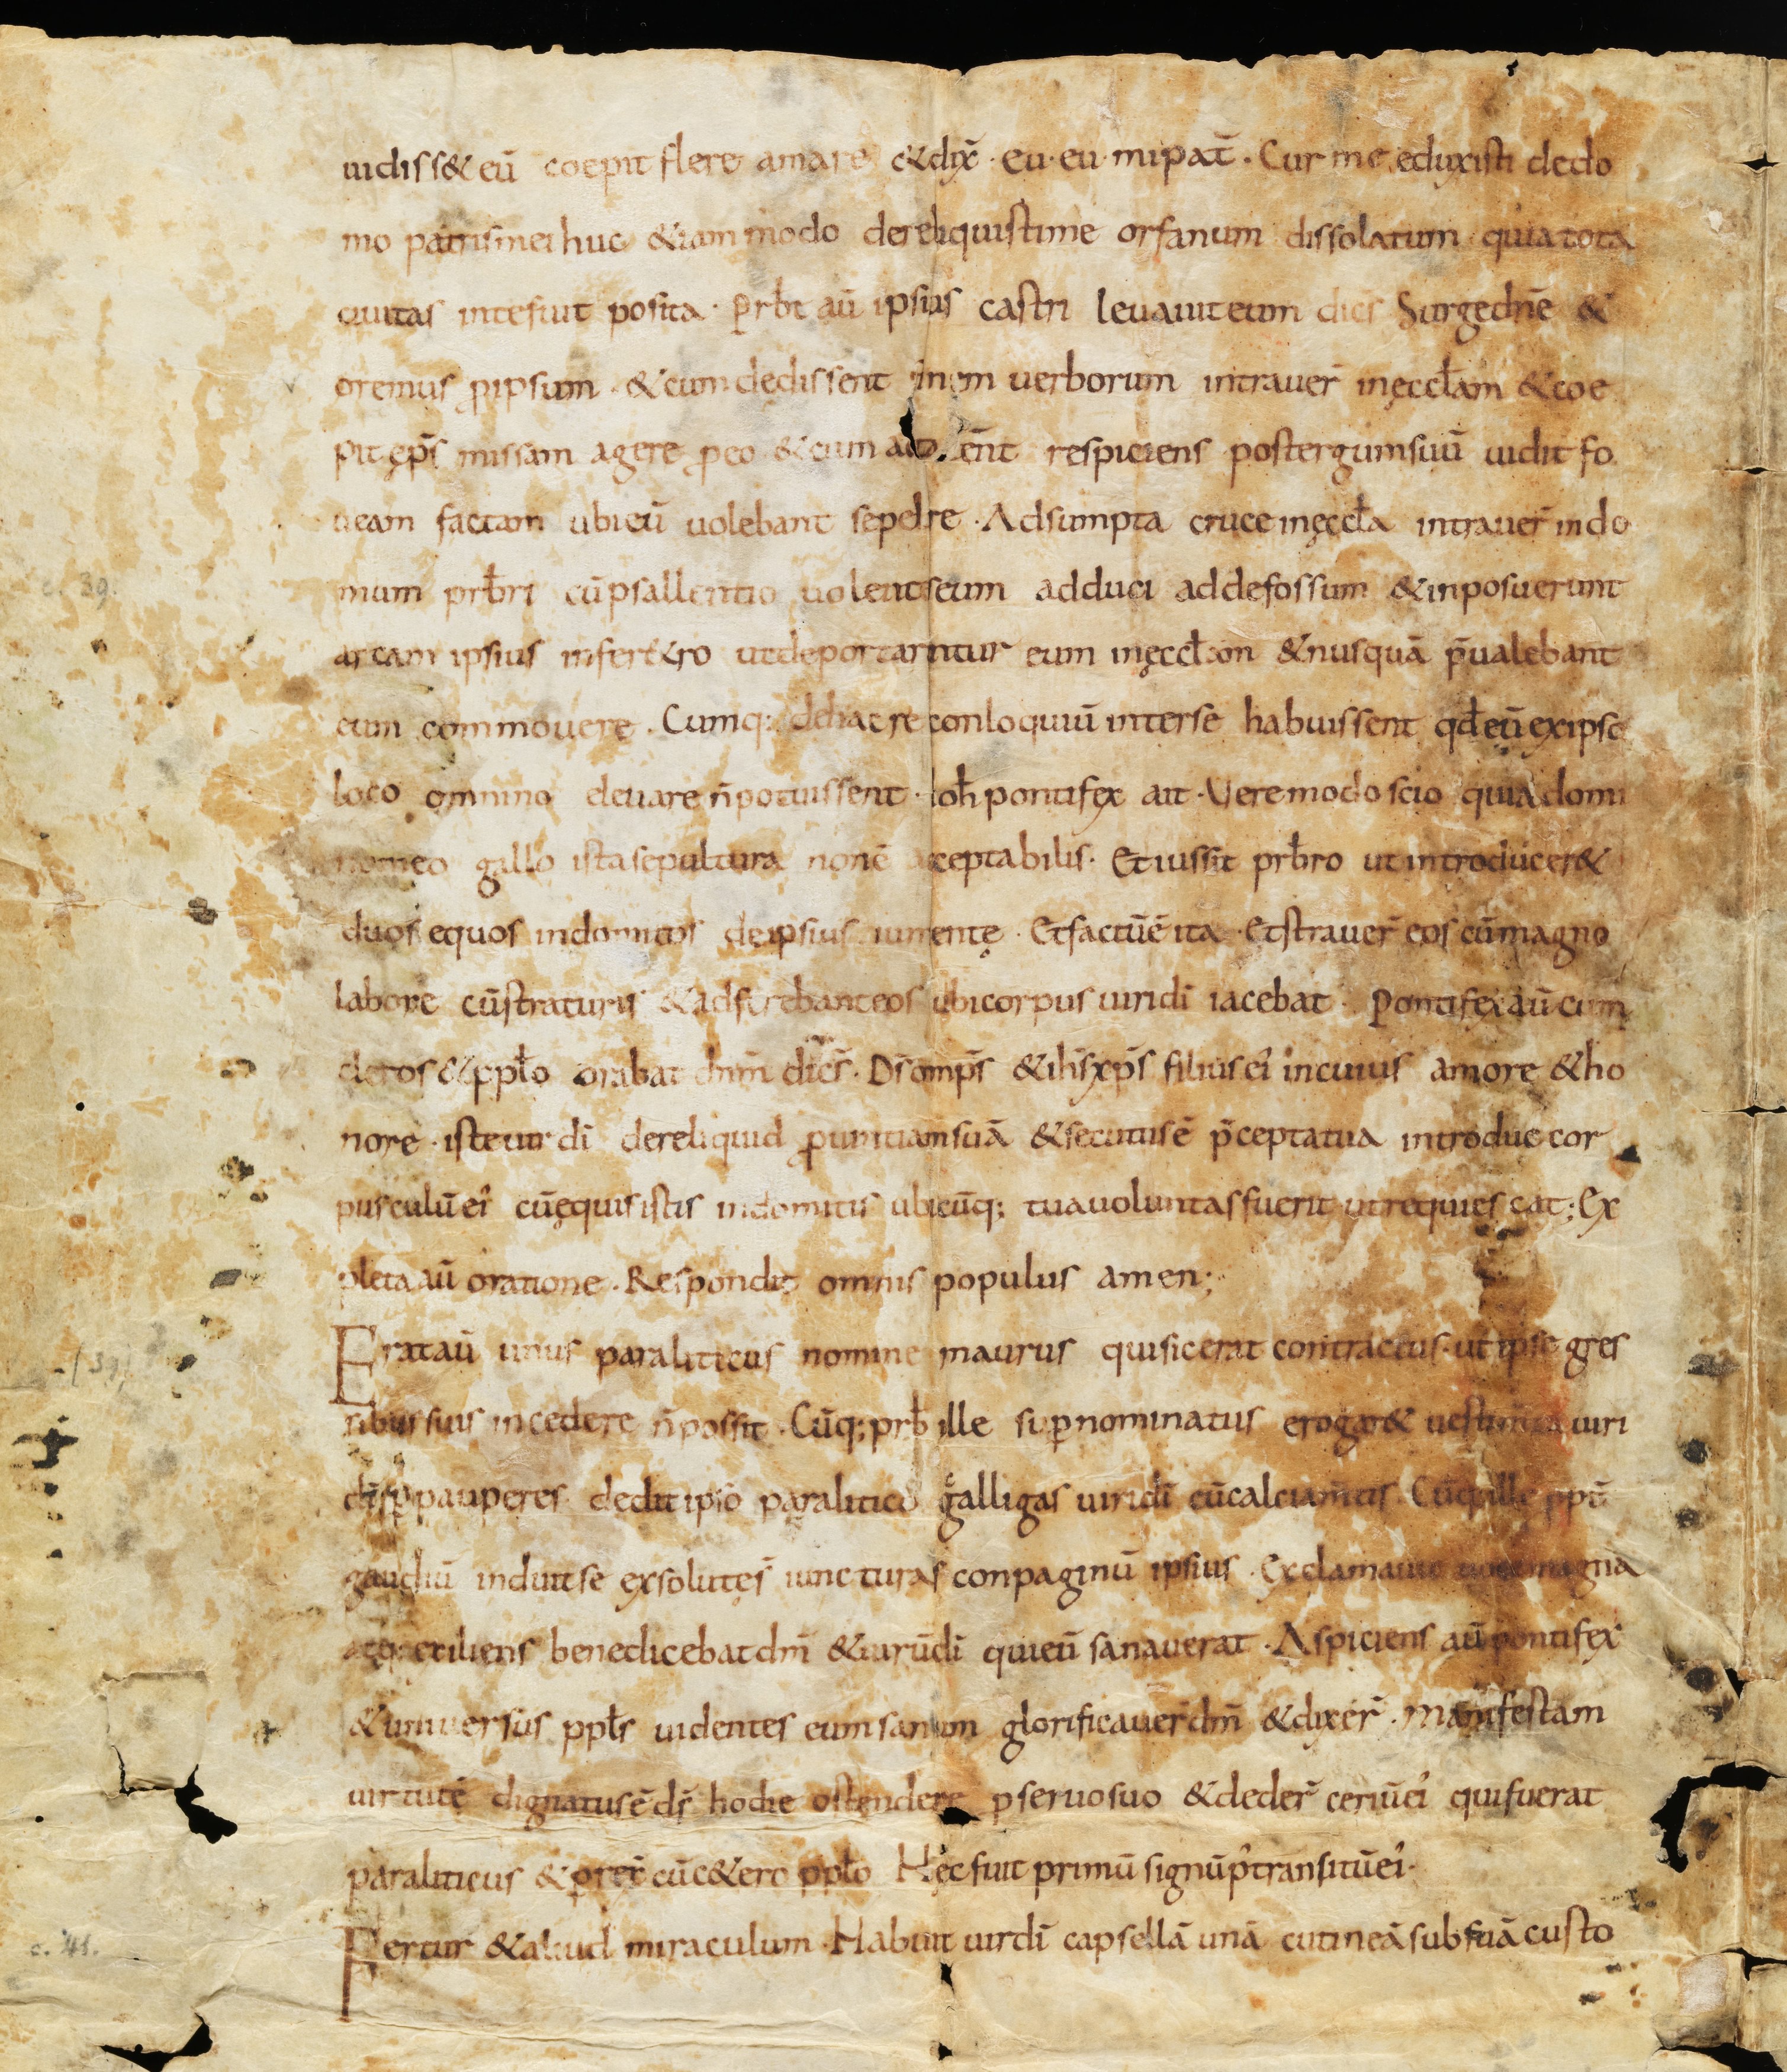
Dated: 800–849